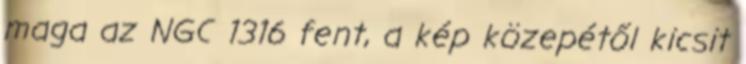
maga az NGC 1316 fent, a kép közepétől kicsit